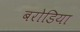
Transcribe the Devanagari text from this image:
बरोडिया